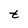
Character: t